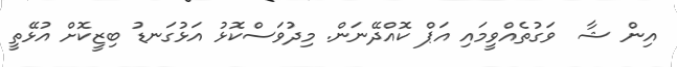
އިން ޝާ  ވަގުތެއްވީމައި އަޕް ކޮއްދޭނަން. މިދުވަސްކޮޅު އަޅުގަނޑު ބިޒީކޮށް އުޅޭތީ